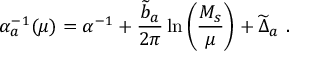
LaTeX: \alpha _ { a } ^ { - 1 } ( \mu ) = \alpha ^ { - 1 } + { \frac { { \widetilde b } _ { a } } { 2 \pi } } \ln \left( { \frac { M _ { s } } { \mu } } \right) + { \widetilde \Delta } _ { a } ~ .